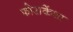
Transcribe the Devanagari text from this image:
फोराकेंथा